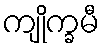
ကျိုက္ခမီ